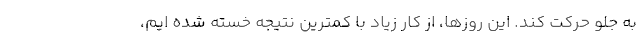
به جلو حرکت کند. این روزها، از کار زیاد با کمترین نتیجه خسته شده ایم،